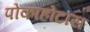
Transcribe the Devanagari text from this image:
पोकाहोंटास